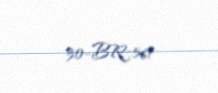
30-BR-561